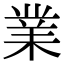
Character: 業